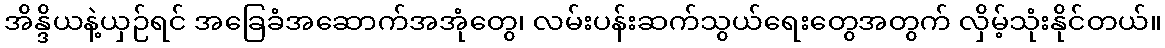
အိန္ဒိယနဲ့ယှဉ်ရင် အခြေခံအဆောက်အအုံတွေ၊ လမ်းပန်းဆက်သွယ်ရေးတွေအတွက် လှိမ့်သုံးနိုင်တယ်။